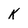
Character: K